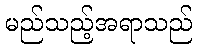
မည်သည့်အရာသည်